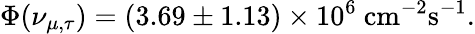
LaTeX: \Phi(\nu_{\mu,\tau})=(3.69\pm 1.13)\times 10^{6}~\mathrm{cm^{-2}s^{-1}}.